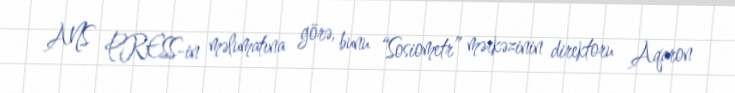
ANS PRESS-in məlumatına görə, bunu “Sosiometr” mərkəzinin direktoru Aqaron